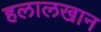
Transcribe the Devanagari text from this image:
हलालखान